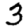
Digit: 3